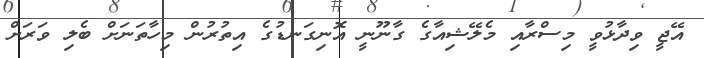
އޭޖީ ވިދާޅުވީ މިސްރާއި މެލޭޝިއާގެ ގާނޫނީ އޮނިގަނޑުގެ އިތުރުން މިހާތަނަށް ބެލި ވަރަށް